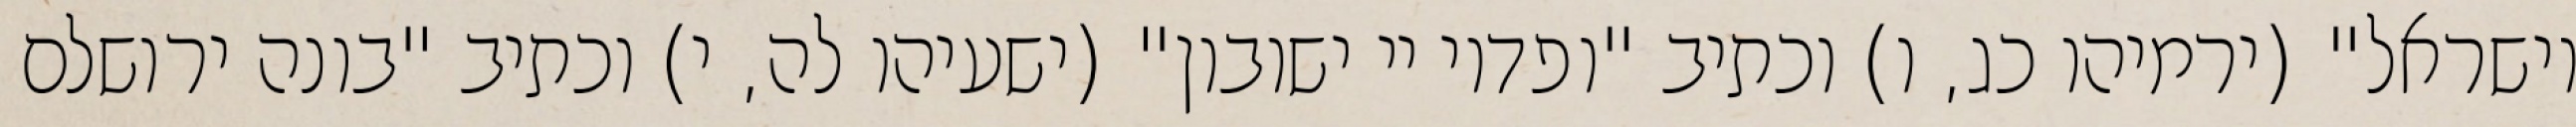
וישראל" (ירמיהו כג, ו) וכתיב "ופדוי יי ישובון" (ישעיהו לה, י) וכתיב "בונה ירושלם